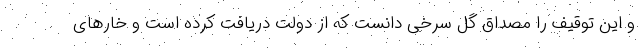
و این توقیف را مصداق گل سرخی دانست که از دولت دریافت کرده است و خارهای